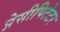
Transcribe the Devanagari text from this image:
प्रेसीपिटेटर